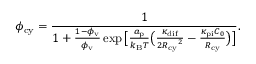
\phi _ { \mathrm { c y } } = \frac { 1 } { 1 + \frac { 1 - \phi _ { \mathrm { v } } } { \phi _ { \mathrm { v } } } \exp \big [ \frac { a _ { \mathrm { p } } } { k _ { \mathrm { B } } T } \big ( \frac { \kappa _ { \mathrm { d i f } } } { { 2 R _ { \mathrm { c y } } } ^ { 2 } } - \frac { \kappa _ { \mathrm { p i } } C _ { 0 } } { R _ { \mathrm { c y } } } \big ) \big ] } .